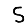
Digit: 5